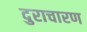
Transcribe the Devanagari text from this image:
दुराचारण